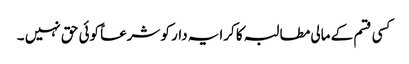
کسی قسم کے مالی مطالبہ کا کرایہ دار کو شرعاً کوئی حق نہیں ۔